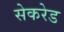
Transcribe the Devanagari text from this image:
सेकरेड